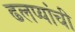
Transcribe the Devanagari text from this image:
ढलप्यांची